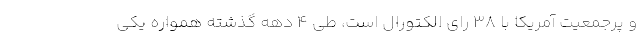
و پرجمعیت آمریکا با 38 رای الکتورال است، طی 4 دهه گذشته همواره یکی